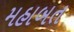
મહાબત